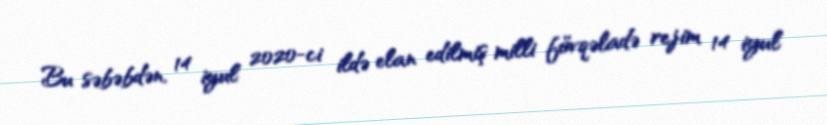
Bu səbəbdən, 14 iyul 2020-ci ildə elan edilmiş milli fövqəladə rejim 14 iyul